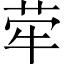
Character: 荦